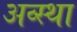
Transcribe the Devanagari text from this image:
अव्स्था